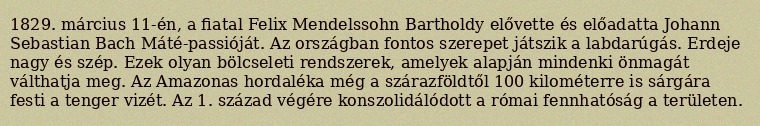
1829. március 11-én, a fiatal Felix Mendelssohn Bartholdy elővette és előadatta Johann Sebastian Bach Máté-passióját. Az országban fontos szerepet játszik a labdarúgás. Erdeje nagy és szép. Ezek olyan bölcseleti rendszerek, amelyek alapján mindenki önmagát válthatja meg. Az Amazonas hordaléka még a szárazföldtől 100 kilométerre is sárgára festi a tenger vizét. Az 1. század végére konszolidálódott a római fennhatóság a területen.